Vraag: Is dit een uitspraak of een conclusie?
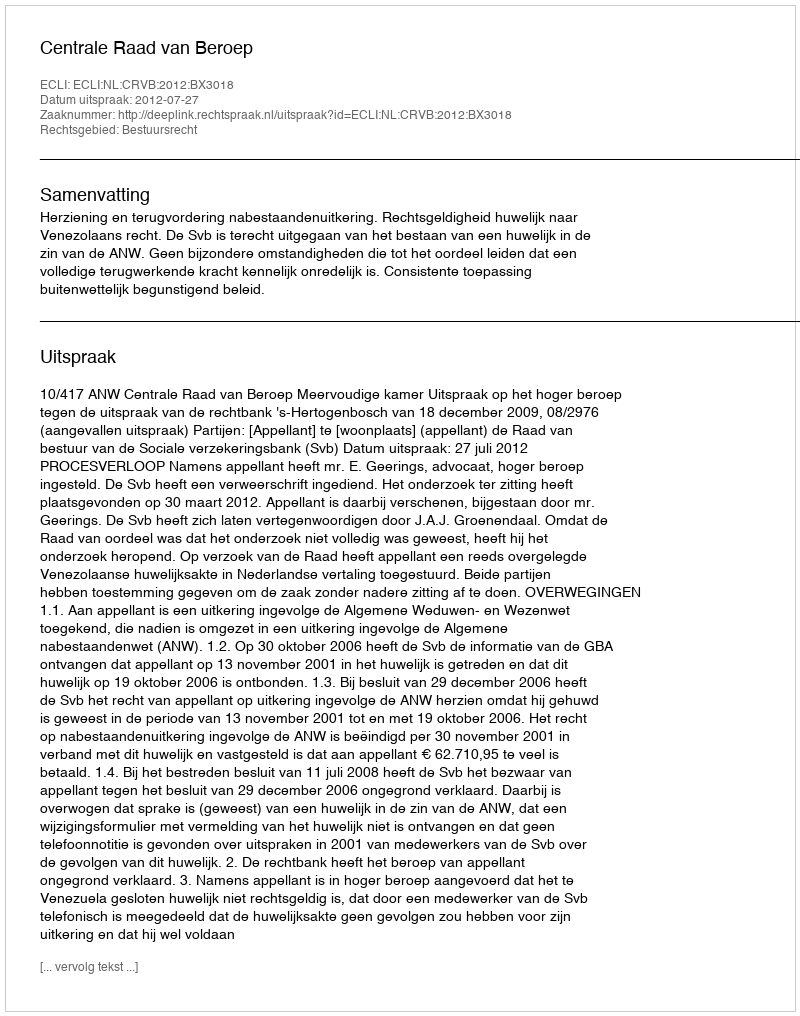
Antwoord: Uitspraak